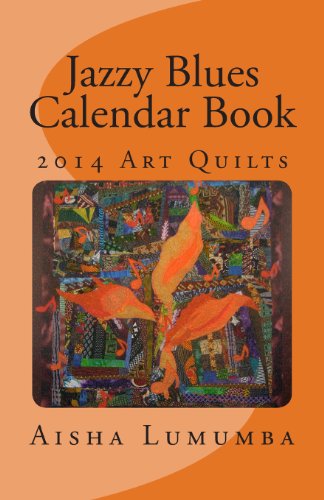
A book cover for Jazzy Blues Calendar Book: 2014 Art Quilts; Aisha Lumumba; Calendars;